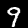
Label: 9